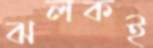
ঝলকই